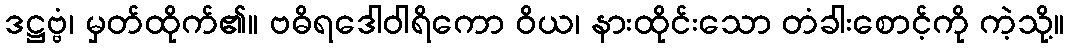
ဒဋ္ဌဗ္ဗံ၊ မှတ်ထိုက်၏။ ဗဓိရဒေါဝါရိကော ဝိယ၊ နားထိုင်းသော တံခါးစောင့်ကို ကဲ့သို့။